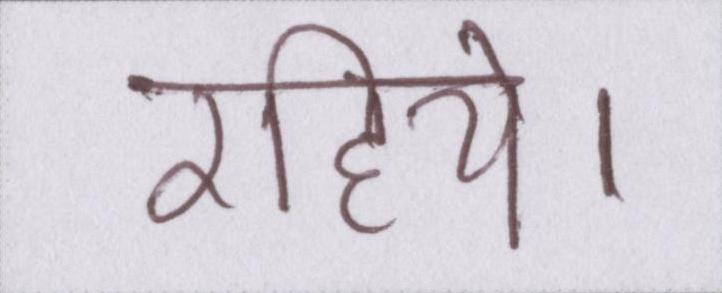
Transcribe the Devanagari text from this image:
रहिये।